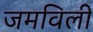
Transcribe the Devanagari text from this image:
जमविली